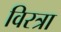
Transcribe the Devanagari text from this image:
विरत्रा